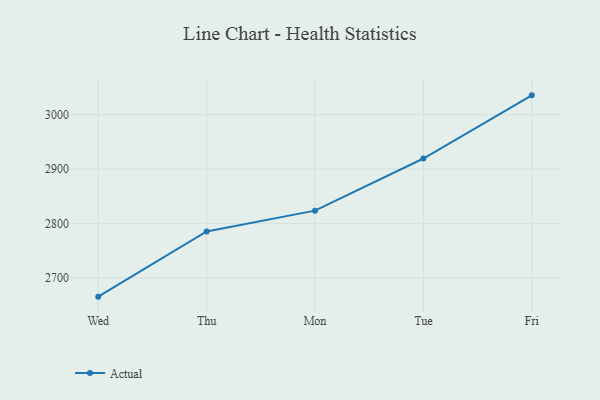
{"axis": {"x": "Day", "y": "Budget (USD K)"}, "legend": ["Actual"], "data": [{"x": "Wed", "y": 2665.2, "type": "Actual"}, {"x": "Thu", "y": 2785.2, "type": "Actual"}, {"x": "Mon", "y": 2823.4, "type": "Actual"}, {"x": "Tue", "y": 2919.3, "type": "Actual"}, {"x": "Fri", "y": 3035.5, "type": "Actual"}]}